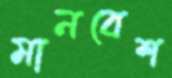
মানবেশ